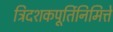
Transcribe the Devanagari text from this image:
त्रिदशकपूर्तिनिमित्ते